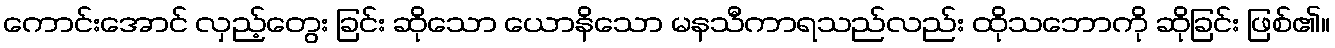
ကောင်းအောင် လှည့်တွေး ခြင်း ဆိုသော ယောနိသော မနသီကာရသည်လည်း ထိုသဘောကို ဆိုခြင်း ဖြစ်၏။